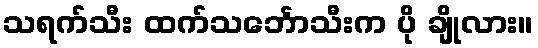
သရက်သီး ထက်သင်္ဘောသီးက ပို ချိုလား။